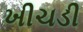
ખીચડી